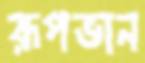
রূপভান